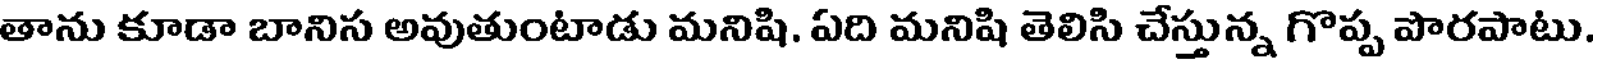
తాను కూడా బానిస అవుతుంటాడు మనిషి. ఏది మనిషి తెలిసి చేస్తున్న గొప్ప పొరపాటు.